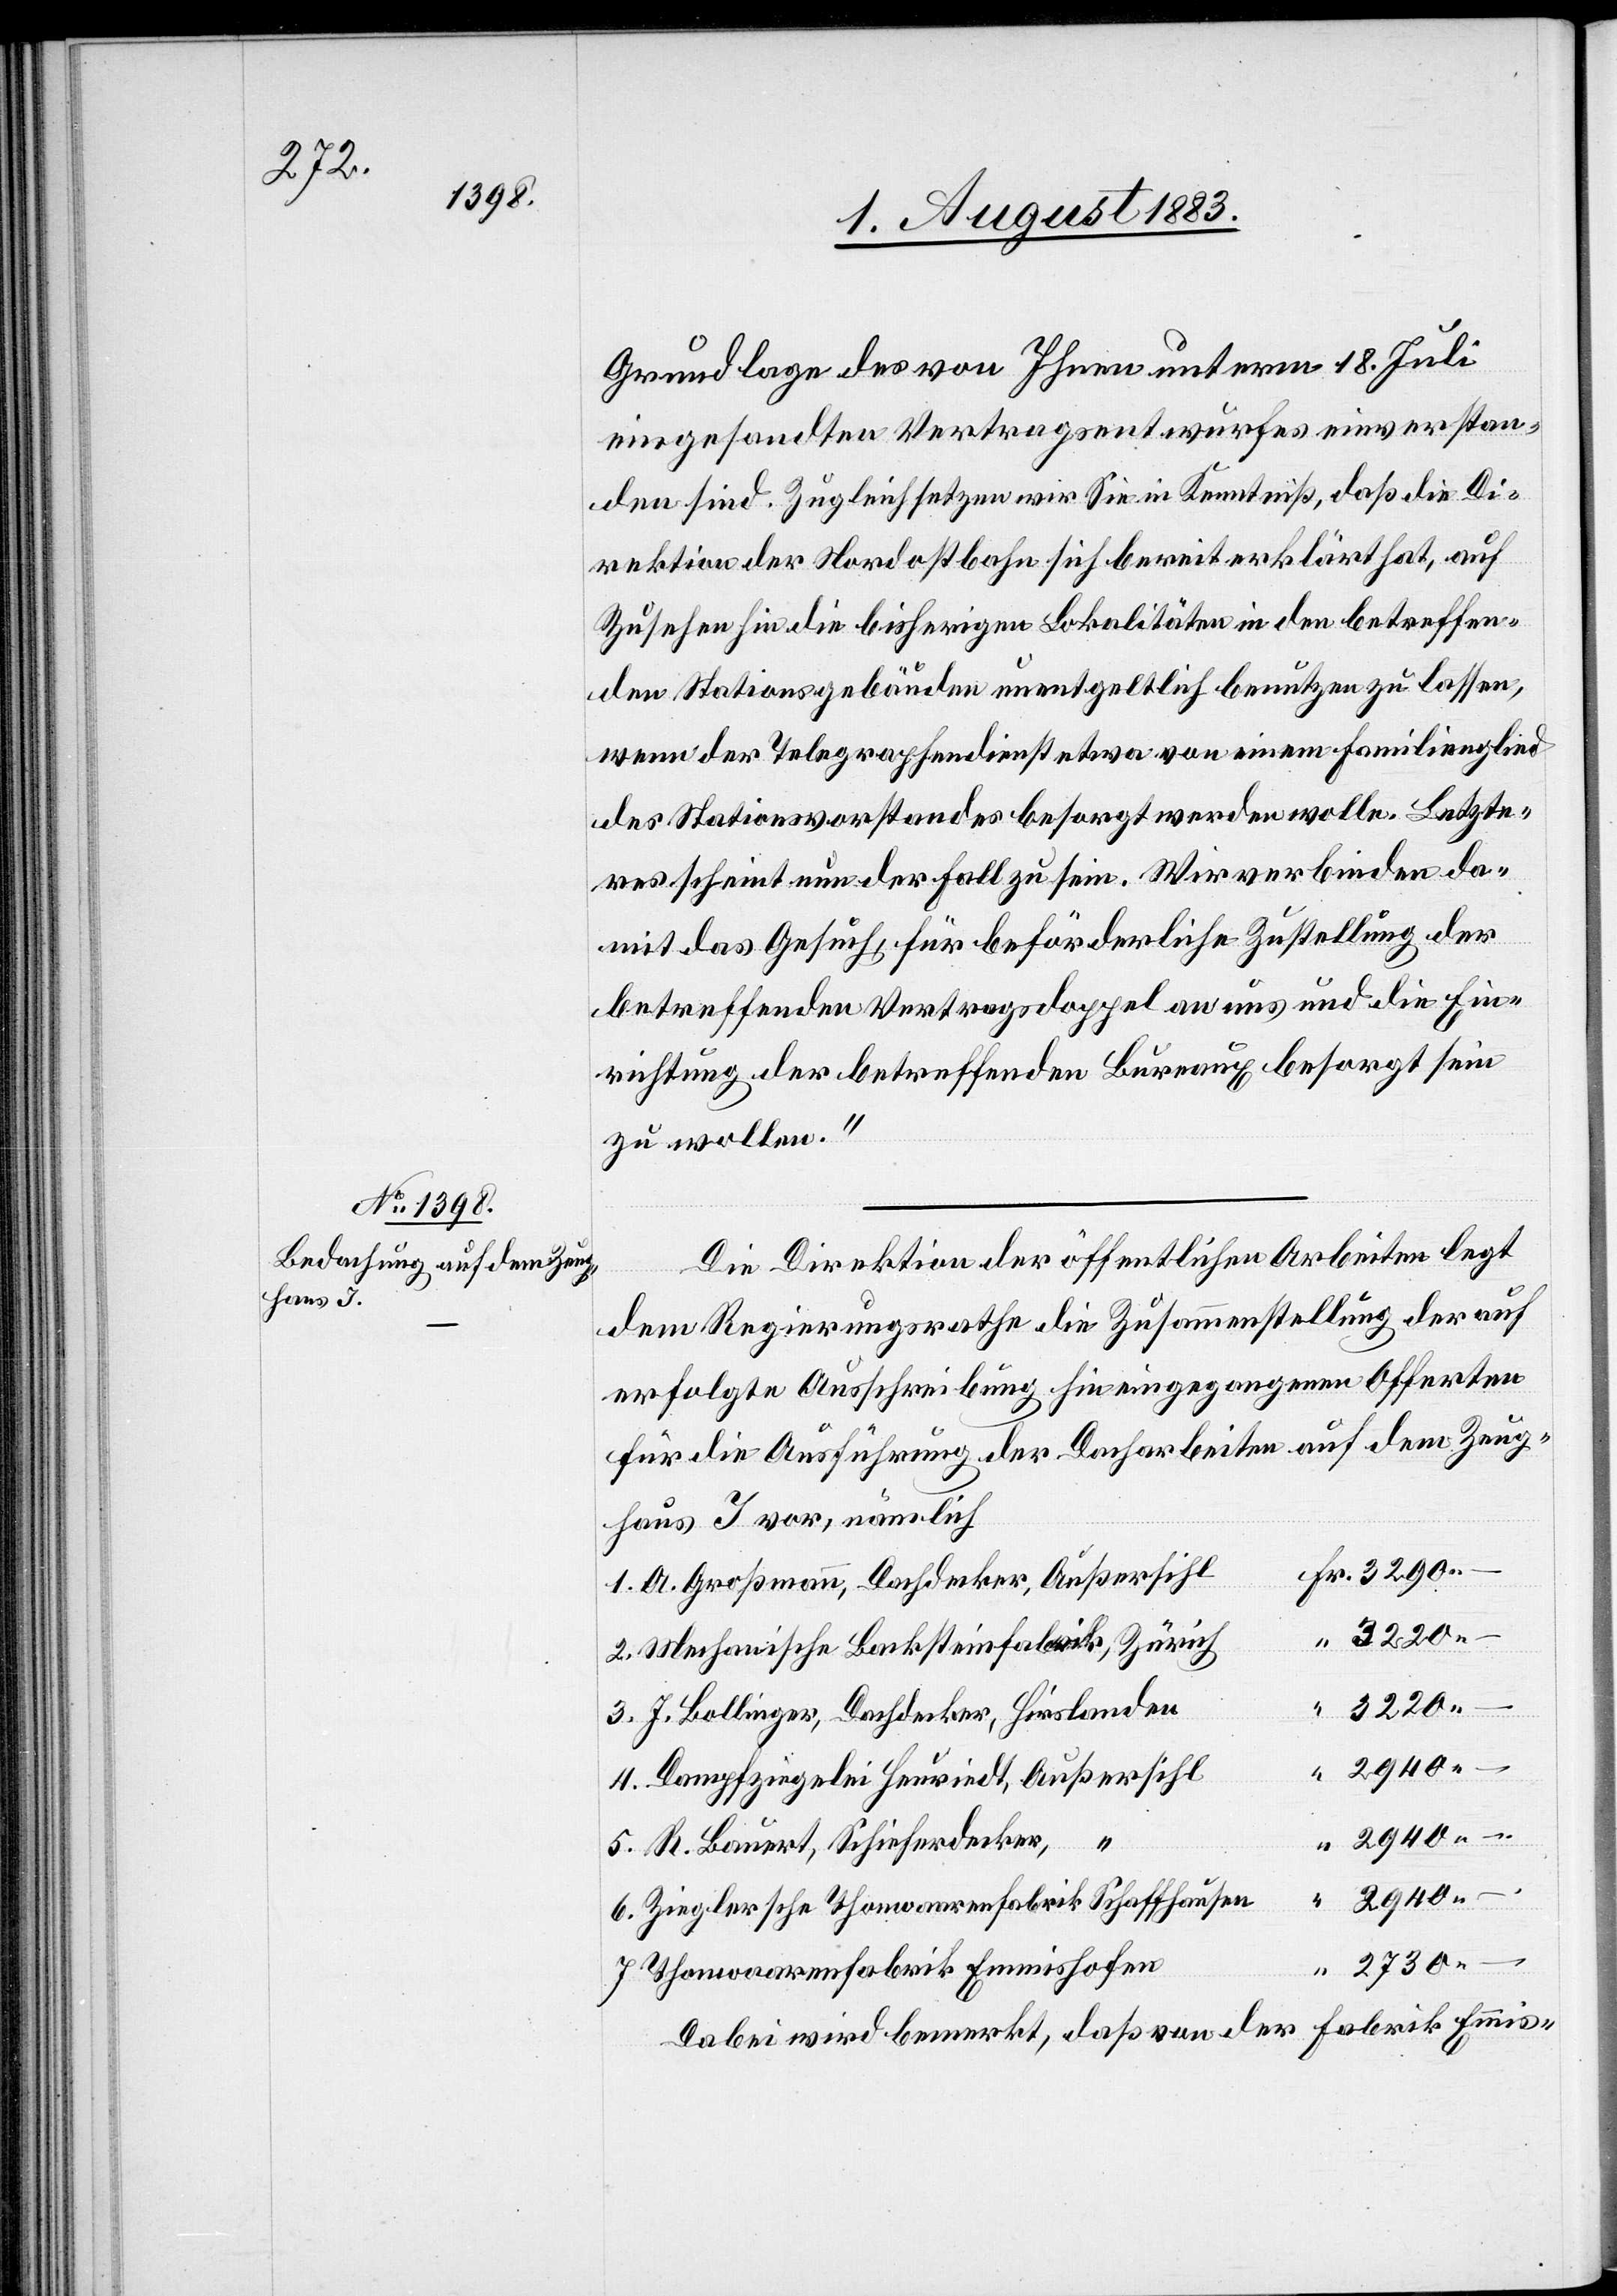
2730

Grundlage des von Ihnen unterm 18. Juli
eingesandten Vertragsentwurfes einverstan¬
den sind. Zugleich setzen wir Sie in Kenntniß, daß die Di¬
rektion der Nordostbahn sich bereit erklärt hat, auf
Zusehen hin die bisherigen Lokalitäten in den betreffen¬
den Stationsgebäuden unentgeltlich benutzen zu lassen,
wenn der Telegraphendienst etwa von einem Familienmitglied
des Stationsvorstandes besorgt werden wolle. Letzte¬
res scheint nun der Fall zu sein. Wir verbinden da¬
mit das Gesuch, für beförderliche Zustellung der
betreffenden Vertragsdoppel an uns und die Ein¬
richtung der betreffenden Bureaux besorgt sein
zu wollen.“
Die Direktion der öffentlichen Arbeiten legt
dem Regierungsrathe die Zusammenstellung der auf
erfolgte Ausschreibung hin eingegangenen Offerten
für die Ausführung der Dacharbeiten auf dem Zeug¬
haus I vor, nämlich
A. Großmann, Dachdecker, Außersihl
Mechanische Backsteinfabrik, Zürich
7.
3220 –
J. Bollinger, Dachdecker, Hirslanden
3290 –
4.
Dampfziegelei Heuriedt, Außersihl
2940 –
5.
R. Bauert, Schieferdecker, “
2940 –
6.
Zieglersche Thonwaarenfabrik Schaffhausen
Thonwaarenfabrik Emmishofen
Dabei wird bemerkt, daß von der Fabrik Emmis-